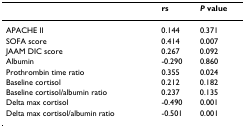
|  | rs | P value |
 | --- | --- | --- |
 | APACHE II | 0.144 | 0.371 |
 | SOFA score | 0.414 | 0.007 |
 | JAAM DIC score | 0.267 | 0.092 |
 | Albumin | -0.290 | 0.860 |
 | Prothrombin time ratio | 0.355 | 0.024 |
 | Baseline cortisol | 0.212 | 0.182 |
 | Baseline cortisol/albumin ratio | 0.237 | 0.135 |
 | Delta max cortisol | -0.490 | 0.001 |
 | Delta max cortisol/albumin ratio | -0.501 | 0.001 |